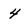
Character: 4